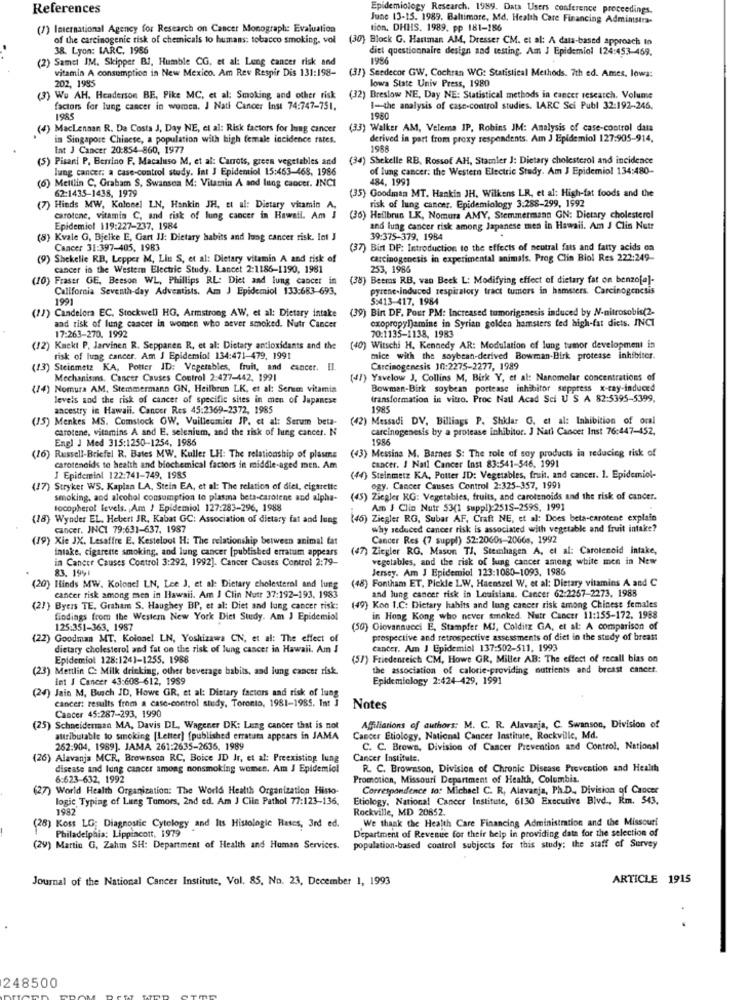
References
Epidemiology Research. 1989. Data Users conference proceedings
June 13-15. 1989. Baltimore, Md. Health Care Financing Administra-
(7) International Agency for Research on Cancer Monograph: Evaluation
tion. DHHS. 1989. pp 181-186
of the carcinogenic risk of chemicals to humans: tobacco smoking, vol
(30) Block G. Hartman AM, Dresser CM. et al: A data-based approach to
38. Lyon: LARC. 1986
diet questionnaire design and testing. Am J Epidemiol 124:453-469.
(2) Samel IM. Skipper BJ, Humble CG, et al: Lung cancer risk and
1986
vitamin A consumption in New Mexico. Am Rev Respir Dis 131:198-
(31) Seedecor GW, Cochran WG: Statistical Methods. 7th ed. Ames, lowa:
202, 1985
lowa State Univ Press, 1980
(3) We AH. Henderson BE, Pike MC, et al: Smoking and other risk
(32) Breslow NE, Day NE: Statistical methods in cancer research. Volume
factors for lung cancer in women. J Nati Cancer Inst 74:747-751.
1-the analysis of case-control studies. IARC Sci Publ 32:192-246.
1985
1980
(4) MacLenaan R. Da Costa J, Day NE, et al: Risk factors for lung cancer
3) Walker AM, Velema IP, Robins JM: Analysis of case-control data
in Singapore Chinese, a population with high female incidence rates.
derived in part from proxy respondents. Am J Epidemiol 127:905-914.
Int J Cancer 20:854-860, 1977
(5) Pisani P. Berrino F. Macaluso M, et al: Carrots, green vegetables and
(34) Shekelle RB, Rossof AH, Stamler J: Dietary cholesterol and incidence
lung cancer: a case-control study. Int J Epidemiol 15:463-468, 1986
of lung cancer: the Western Electric Study. Am J Epidemiol 134:480-
484, 1991
(6) Meillin C, Graham S, Swansea M: Vitamin A and lung cancer. INCI
62:1435-1438, 1979
(35) Goodman MT. Hankin JH. Wilkens LR, et al: High-fat foods and the
risk of lung cancer. Epidemiology 3.288-299, 1992
(7) Hinds MW, Kolonel LN, Hankin JH, et al: Dietary vitamin A,
carotene, vitamin C, and risk of lung cancer in Hawaii. Am J
(36) Heilbrun LK, Nomura AMY, Stemmermang GN: Dietary cholesterol
Epidemiol 119:227-237, 1984
and lung cancer risk among Japanese men in Hawaii. Am J Clin Nutr
(8) Kvale G, Bjelke E, Gart JJ: Dietary habits and lung cancer risk. Int J
39:375-379, 1984
Cancer 31:397-405. 1983
(37) Birt DF: Introduction to the effects of neutral fats and fatty acids ca
(9) Shekelle RB, Lepper M, Liu S, et al: Dietary vitamin A and risk of
carcinogenesis in experimental animals. Prog Clin Biol Res 222:249-
cancer in the Western Electric Study. Lancet 2:1186-1190, 1981
253, 1986
(10) Fraser GE, Beeson WL, Phillips RL: Diet and lung cancer in
(38) Beers RB, van Beek L: Modifying effect of dietary fat on benzo[e]-
California Seventh-day Adventists. Am J Epidemiol 133:683-693.
pyrene-Induced respiratory tract tumers in hamsters. Carcinogenesis
1991
5:413-417. 1984
(39) Bin DF. Pour PM: Increased tumorigenesis induced by N-nitrosobis(2.
(1)) Candelora EC. Stockwell HG, Armstrong AW, et al: Dietary intake
exopropyl)amine in Syrian golden hamsters ted high-fat diets. INCI
and risk of lung cancer in women who aever smoked. Nutr Cancer
17:263-270. 1992
70:1135-1138, 1983
(12) Knekt P. Jarvinen R. Seppanen R, et al: Dietary antioxidants and the
(40) Witschi H. Kennedy AR: Modulation of lung tumor development in
risk of lung cancer. Am J Epidemiol 134:471-479, 1991
mice with the soybean-derived Bowman-Birk protease inhibitor.
(13) Steinmetz KA, Potter ID: Vegetables, fruit, and cancer. Il.
Carcinogenesis 10:2275-2277, 1989
Mechanisms. Cancer Causes Control 2:427-442, 1991
(47) Yavelow J. Collins M, Birk Y, et al: Nanomelar concentrations of
(14) Nomura AM, Stemmermann GN, Heilbrun LK, et al: Serum vitamin
Bowman-Birk soybean portease inhibitor suppress x-ray-induced
levels and the risk of cancer of specific sites in men of Japanese
transformation in vitro. Proc Natl Acad Sci U S A 82:5395-5399,
ancestry in Hawaii. Cancer Res 45:2369-2372, 1985
1985
(15) Menkes MS. Comstock GW. Vuilleumier JP. et al: Serum beta-
(42) Messadi DV. Billiags P. Shklar G. et al: Inhibition of oral
carotene, vitamins A and E. selenium, and the risk of lung cancer. N
carcinogenesis by a protease inhibitor. J Nati Cancer Inst 76:447-452,
Engl J Med 315:1250-1254, 1986
1986
(43) Messina M. Barnes S: The role of soy products in reducing risk of
(16) Russell-Briefel R. Bates MW. Kuller LH: The relationship of plasma
cancer. J Natl Cancer Inst 83:541-546, 1991
carotenoids te health and biochemical factors in middle-aged men. Am
I Epidemiol 122:741-749, 1985
(44) Steinmetz KA, Potter JD: Vegetables, fruit, and cancer. 1. Epidemiol-
(17) Stryker WS. Kaplan LA, Stein EA, et al: The relation of diet, cigarette
ogy. Cancer Causes Control 2:325-357, 1991
smoking, and alcohol consumption to plasma beta-carotene and alpha-
(45) Ziegler RG: Vegetables, fruits, and carotenoids and the risk of cancer.
tocopherol levels. Am ) Epidemiol 127:283-296, 1988
Am J Clin Nutr 53(1 suppl):2515-2595, 1991
(18) Wynder EL. Hebert JR, Kabat GC: Association of dietary fat and lung
(46) Ziegler RG, Subar AF, Craft NE, et al: Does beta-carotene explain
cancer. INCI 79:631-637, 1987
why seduced cancer risk is associated with vegetable and fruit intake?
(19) Xie JX. Lesaffre E. Kesteloot H: The relationship between animal fat
Cancer Res (7 suppl) 52:2060s-2066s, 1992
intake, cigarette smoking, and lung cancer [published erratum appears
(47) Ziegler RG. Mason TJ, Stemhagen A, et al: Carotenoid intake,
in Cancer Causes Control 3:292, 1992]. Cancer Causes Control 2:79-
vegetables, and the risk of lung cancer among white men in New
83. 1991
Jersey. Am J Epidemiol 123:1080-1093, 1986
)Fontham ET, Pickle LW, Haenszel W. et al: Dietary vitamins A and C
(20) Hinds MW. Kolonel LN, Lee J. et al: Dietary cholesterol and lung
and lung cancer risk in Louisiana. Cancer 62:2267-2273, 1988
cancer risk among men in Hawaii. Am J Clin Nutr 37:192-193, 1983
(2)} Byers TE. Graham S. Haughey BP, et al: Diet and lung cancer risk:
(49) Kon 1.C: Dietary habits and lung cancer risk among Chinese females
findings from the Western New York Diet Study. Am J Epidemiol
in Hong Kong who never smoked. Nutr Cancer 11:155-172. 1988
125:351-363, 1987
(50) Giovannucci E, Stampfer MI, Colditz GA, et al: A comparison of
(22) Goodman MT, Kolonel LN, Yoshizawa CN, et al: The effect of
prospective and retrospective assessments of diet in the study of breast
dietary cholesterol and fat on the risk of lung cancer in Hawaii. Am J
Cancer. Am J Epidemiol 137:502-511, 1993
Epidemiol 128:1241-1255. 1988
(57) Friedenreich CM, Howe GR, Miller AB: The effect of recall bias on
(23) Metilin C: Milk drinking, other beverage babiis, and lung cancer risk.
the association of calorie-providing nutrients and breast cancer.
int J Cancer 43:608-612, 1989
Epidemiology 2:424-429, 1991
(24) Jain M. Busch JD, Howe GR, et al: Dietary factors and risk of lung
cancer: results from a case-control study, Toronto, 1981-1985. 1at ]
Notes
Cancer 45:287-293, 1990
(25) Schneiderman MA, Davis DL, Wagener DK: Lung cancer that is not
Affiliations of authors: M. C. R. Alavanja, C. Swanson, Division of
attributable to smoking [Letter) [published erratura appears in JAMA
Cancer Etiology, National Cancer Institute, Rockville, Md.
262.904, 1989]. JAMA 261:2635-2636, 1989
C. C. Brown, Division of Cancer Prevention and Control, National
(26) Alavanja MCR, Brownsca RC, Boice ID Jr, et al: Preexisting lung
Cancer Institute,
disease and lung cancer among nonsmoking women. Am J Epidemiol
R. C. Brownson, Division of Chronic Disease Prevention and Health
6:623-632, 1992
Promotion, Missouri Department of Health, Columbia.
(27) World Health Organization: The World Health Organization Hinto
Correspondence to: Michael C. R, Alavanja, Ph.D ., Division of Cancer
logic, Typing of Lues Tomors, 2nd ed. Am J Clin Pathol 77:123-136,
Etiology, National Cancer Institute, 6130 Executive Blvd ., Rm. 543.
1982'
Rockville, MD 20852.
We thank the Health Care Financing Administration and the Missouri
(28) Koss LG; Diagnostic Cytelogy and Its Histologie Bases, 3rd ed.
Philadelphia: Lippincott, 1979
Department of Revenue for their help in providing data for the selection of
(29) Martin G, Zahm SH: Department of Health and Human Services.
population-based control subjects for this study: the staff of Survey
Journal of the National Cancer Institute, Vol. 85, No. 23. December 1, 1993
ARTICLE 1915
248500